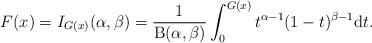
LaTeX: \begin{align*}F(x)=I_{G(x)}(\alpha,\beta)=\frac{1}{\mathrm{B}(\alpha,\beta)}\int_0^{G(x)}t^{\alpha-1}(1-t)^{\beta-1}\mathrm{d}t.\end{align*}